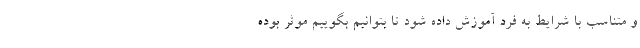
و متناسب با شرایط به فرد آموزش داده شود تا بتوانیم بگوییم موثر بوده